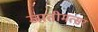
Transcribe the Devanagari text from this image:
जातीमत्सर